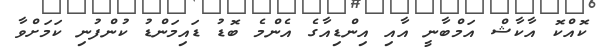
ކޮއްކޮ އާކާޝް އަމްބާނީ އާއި އިންޑިއާގެ އެންމެ ބޮޑު ޑައިމަންޑު ކުންފުނި ކަމަށްވާ